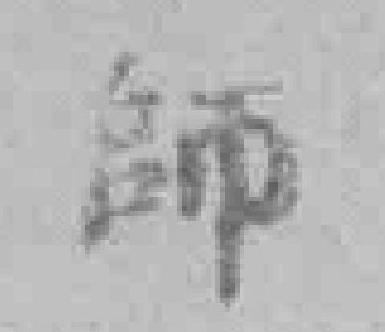
師